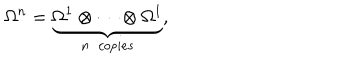
\Omega ^ { n } = \underbrace { \Omega ^ { 1 } \otimes \cdots \otimes \Omega ^ { 1 } } _ { n \ \ c o p i e s } ,